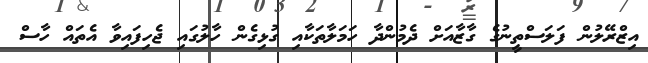
އިޒްރޭލުން ފަލަސްތީނުގެ ގާޒާއަށް ދެމުންދާ ހަމަލާތަކާއި ގުޅިގެން ހާލުގައި ޖެހިފައިވާ އެތައް ހާސް